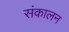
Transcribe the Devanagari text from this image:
संकालन